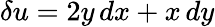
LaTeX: \delta u=2y\, dx+x\, dy